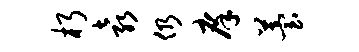
朽袁仍庠苔